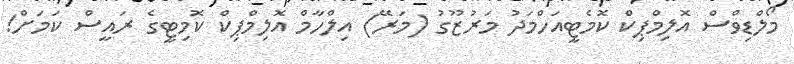
މޯލްޑިވްސް އޮލިމްޕިކް ކޮމެޓީއަހްމަދު މަރުޒޫގު (މަރޭ) އިލްހާމް އޮލިމްޕިކް ކޮމިޓީގެ ރައީސް ކަމަށް!